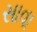
સાવા